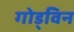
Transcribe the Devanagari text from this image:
गोड्विन